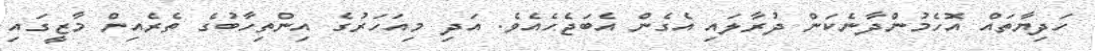
ހަދިޔާތައް އޮހެމުންދާނެކަން ދުރާލައި އެގެން އެބަޖެހެއެވެ. އަދި މިއަހަރުގެ އިންތިހާބުގެ ތެރެއިން މާޒީގައި